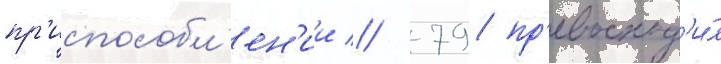
пр'испособл'ен'ии // 79 пр'евосход'и́л